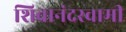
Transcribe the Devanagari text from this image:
शिवानंदस्वामी